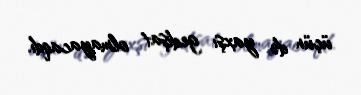
üçün də yaxşı gedişat olmayacaqdı.